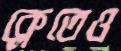
ক্লেতেও